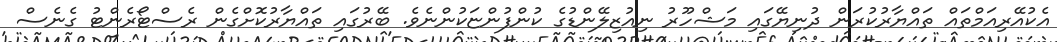
އެކުއޭރިއަމްތައް ތައްޔާރުކުރަން ދުނިޔޭގައި މަޝްހޫރު ނިއުޒިލޭންޑުގެ ކުންފުންޏަކުންނެވެ. ބޭރުގައި ތައްޔާރުކޮށްގެން ރެސްޓޯރެންޓު ގެނެސް